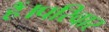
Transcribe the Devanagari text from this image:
हैं।परिवार